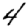
Digit: 4